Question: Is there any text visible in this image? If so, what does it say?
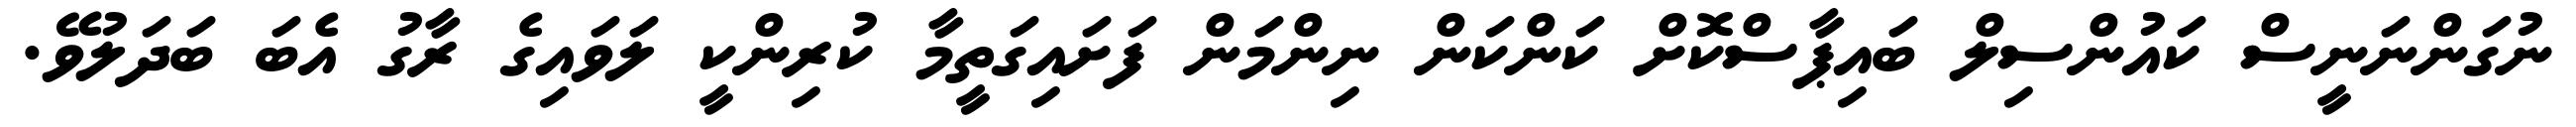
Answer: ނުގަންނަނީސް ކައުންސިލް ބައިޕާސްކޮށް ކަންކަން ނިންމަން ފަށައިގަތީމާ ކުރިންކީ ލަވައިގެ ރާގު އެބަ ބަދަލުވޭ.